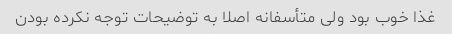
غذا خوب بود ولی متأسفانه اصلا به توضیحات توجه نکرده بودن